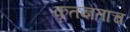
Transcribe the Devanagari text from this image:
कृतज्ञताच